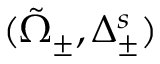
( \tilde { Ω } _ { \pm } , \Delta _ { \pm } ^ { s } )